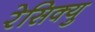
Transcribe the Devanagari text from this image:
रेसिक्यु